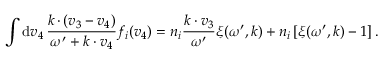
\int \mathrm { d } \boldsymbol { v } _ { 4 } \, \frac { \boldsymbol { k \, \cdot \, } ( \boldsymbol { v } _ { 3 } - \boldsymbol { v } _ { 4 } ) } { \omega ^ { \prime } + \boldsymbol { k \cdot v } _ { 4 } } f _ { i } ( \boldsymbol { v } _ { 4 } ) = n _ { i } \frac { \boldsymbol { k \cdot v } _ { 3 } } { \omega ^ { \prime } } \xi ( \omega ^ { \prime } , \boldsymbol { k } ) + n _ { i } \, [ \xi ( \omega ^ { \prime } , \boldsymbol { k } ) - 1 ] \, .